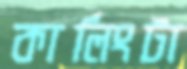
কার্লিংটা